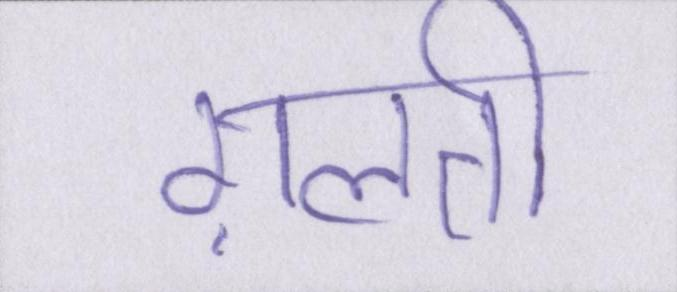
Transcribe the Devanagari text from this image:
ग़लती